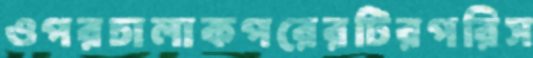
ওপরচালাকপরেরটিরপরিস